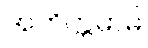
အဘိက္ကမာမိ